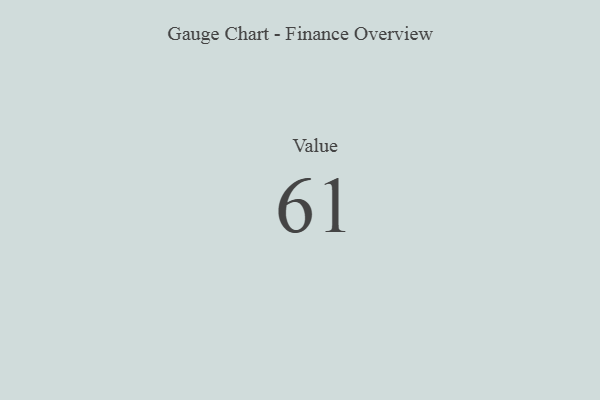
{"axis": {"x": "Metric", "y": "Value"}, "legend": [""], "data": [{"x": "Value", "y": 61, "type": ""}]}